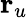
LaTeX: {\mathbf r}_{u}